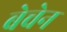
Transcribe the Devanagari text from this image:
बेचेन